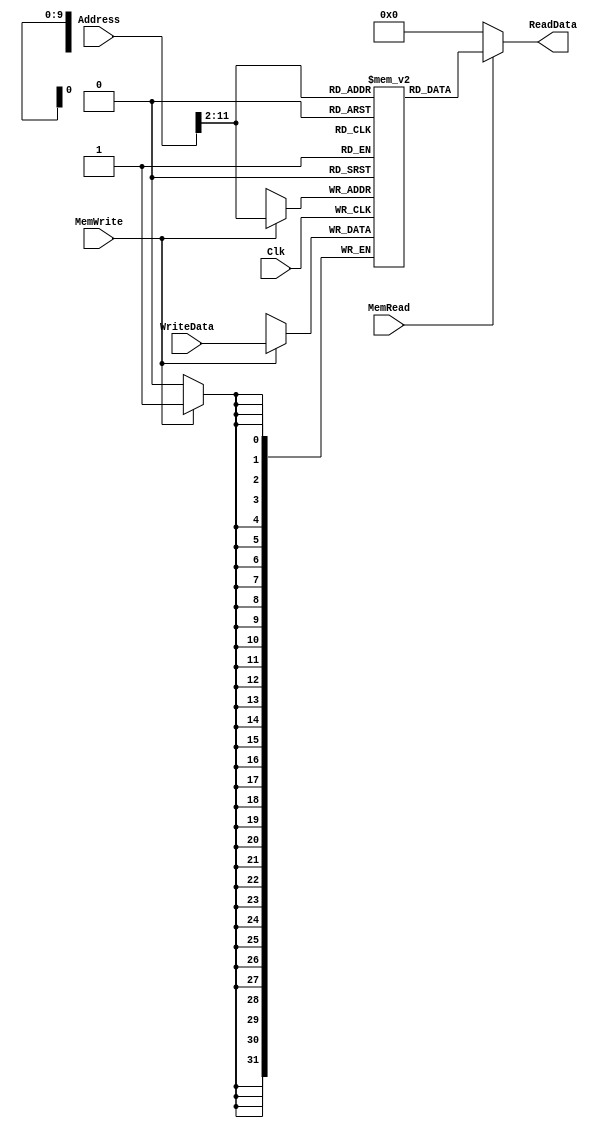
`timescale 1ns / 1ps

////////////////////////////////////////////////////////////////////////////////
// ECE369 - Computer Architecture
// 
// Module - data_memory.v
// Description - 32-Bit wide data memory.
//
// INPUTS:-
// Address: 32-Bit address input port.
// WriteData: 32-Bit input port.
// Clk: 1-Bit Input clock signal.
// MemWrite: 1-Bit control signal for memory write.
// MemRead: 1-Bit control signal for memory read.
//
// OUTPUTS:-
// ReadData: 32-Bit registered output port.
//
// FUNCTIONALITY:-
// Design the above memory similar to the 'RegisterFile' model in the previous 
// assignment.  Create a 1K memory, for which we need 10 bits.  In order to 
// implement byte addressing, we will use bits Address[11:2] to index the 
// memory location. The 'WriteData' value is written into the address 
// corresponding to Address[11:2] in the positive clock edge if 'MemWrite' 
// signal is 1. 'ReadData' is the value of memory location Address[11:2] if 
// 'MemRead' is 1, otherwise, it is 0x00000000. The reading of memory is not 
// clocked.
//
// you need to declare a 2d array. in this case we need an array of 1024 (1K)  
// 32-bit elements for the memory.   
// for example,  to declare an array of 256 32-bit elements, declaration is: reg[31:0] memory[0:255]
// if i continue with the same declaration, we need 8 bits to index to one of 256 elements. 
// however , address port for the data memory is 32 bits. from those 32 bits, least significant 2 
// bits help us index to one of the 4 bytes within a single word. therefore we only need bits [9-2] 
// of the "Address" input to index any of the 256 words. 
////////////////////////////////////////////////////////////////////////////////

module DataMemory(Address, WriteData, Clk, MemWrite, MemRead, ReadData); 

    input [31:0] Address; 	// Input Address 
    input [31:0] WriteData; // Data that needs to be written into the address 
    input Clk;
    input MemWrite; 		// Control signal for memory write 
    input MemRead; 			// Control signal for memory read 

    output reg[31:0] ReadData; // Contents of memory location at Address

    /* Please fill in the implementation here */
    reg[31:0] memory[0:1023];     // 1K memory instantiation 
    
    always @(*) begin   // non-Clocked Read function see lines 26 - 27
         if  (MemRead) begin
                 ReadData <= memory[Address[11:2]];    
         end
         else begin
                 ReadData <= 'h00000000;
        end
    end
    
    always @(posedge Clk) begin
            if  (MemWrite) begin
                    memory[Address[11:2]] <= WriteData;
            end
    end
    
endmodule